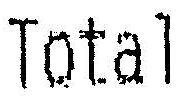
TOTAL